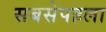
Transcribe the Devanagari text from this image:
सबसेपहला